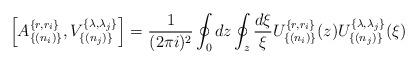
LaTeX: \begin{align*}\left[A^{\{r,r_{i}\}}_{\{(n_{i})\}},V^{\{\lambda,\lambda_{j}\}}_{\{(n_{j})\}}\right]=\frac{1}{(2\pi i)^{2}}\oint_{0}dz\oint_{z}\frac{d\xi}{\xi} U^{\{r,r_{i}\}}_{\{(n_{i})\}}(z)U^{\{\lambda,\lambda_{j}\}}_{\{(n_{j})\}}(\xi) \end{align*}